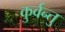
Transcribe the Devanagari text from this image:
कुर्वन्तु